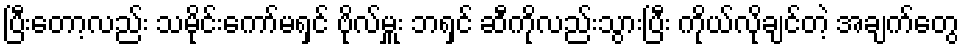
ပြီးတော့လည်း သမိုင်းကော်မရှင် ဗိုလ်မှူး ဘရှင် ဆီကိုလည်းသွားပြီး ကိုယ်လိုချင်တဲ့ အချက်တွေ